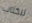
للكتاب